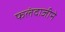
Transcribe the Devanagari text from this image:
फलंदाजीने